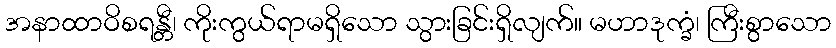
အနာထာဝိစရန္တီ၊ ကိုးကွယ်ရာမရှိသော သွားခြင်းရှိလျက်။ မဟာဒုက္ခံ၊ ကြီးစွာသော